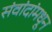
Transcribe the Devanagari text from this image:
संवांदांमधून